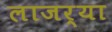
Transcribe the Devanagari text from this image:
लाजर्‍या